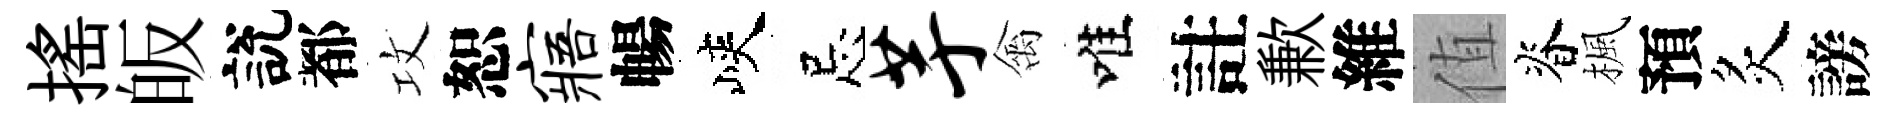
揺皈說都攻恕寤暢峽忌芋禽唯註歉維值脊楓預炙謗